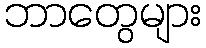
ဘာတွေများ